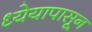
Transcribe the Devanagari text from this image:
ध्येयापासून